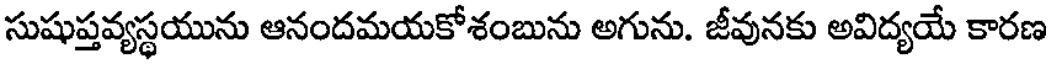
సుషుప్తవ్యస్థయును ఆనందమయకోశంబును అగును. జీవునకు అవిద్యయే కారణ